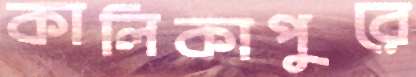
কালিকাপুরে